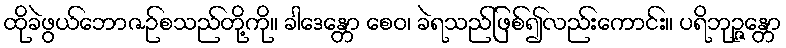
ထိုခဲဖွယ်ဘောဇဉ်စသည်တို့ကို။ ခါဒေန္တော စေဝ၊ ခဲရသည်ဖြစ်၍လည်းကောင်း။ ပရိဘုဉ္ဇန္တော